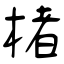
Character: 楮